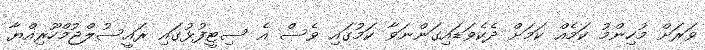
ވަރަށް މުހިންމު ކަމެއް ކަމަށް ދެކެވަޑައިގަންނަވާ ކަމުގައި ވެސް އެ ސިޓީފުޅުގައި ރައީސުލްޖުމްހޫރިއްޔާ